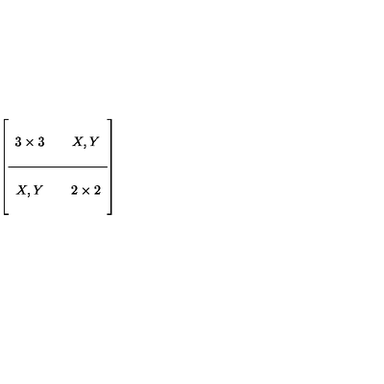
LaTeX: \left[ \begin{array} { c c c } { } & {  } & { } \\ { 3 \times 3 } & {  } & { X , Y } \\ { } & {  } & { } \\ \hline { } & {  } & { } \\ { X , Y } & {  } & { 2 \times 2 } \\ { } & {  } & { } \\ \end{array} \right]